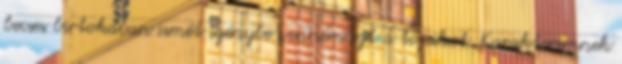
becses birtokában ismét igénybe venném ezt a topikot. Karakteremnek